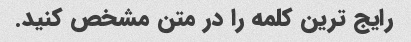
رایج ترین کلمه را در متن مشخص کنید.